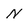
Character: N